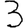
Digit: 3